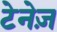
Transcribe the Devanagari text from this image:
टेनेज़